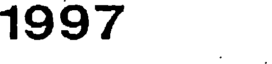
1997